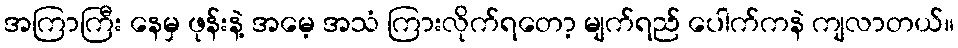
အကြာကြီး နေမှ ဖုန်းနဲ့ အမေ့ အသံ ကြားလိုက်ရတော့ မျက်ရည် ပေါက်ကနဲ ကျလာတယ်။